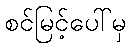
စင်မြင့်ပေါ်မှ